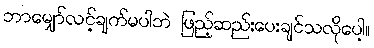
ဘာမျှော်လင့်ချက်မပါဘဲ ဖြည့်ဆည်းပေးချင်သလိုပေါ့။